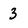
Character: 3